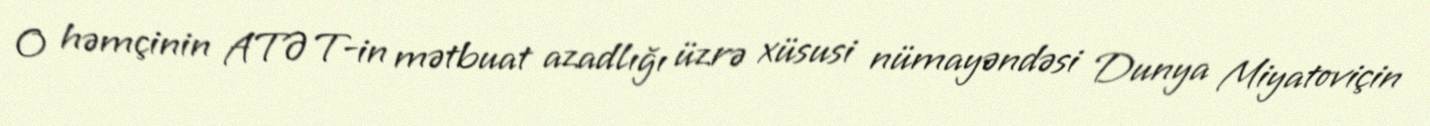
O həmçinin ATƏT-in mətbuat azadlığı üzrə xüsusi nümayəndəsi Dunya Miyatoviçin